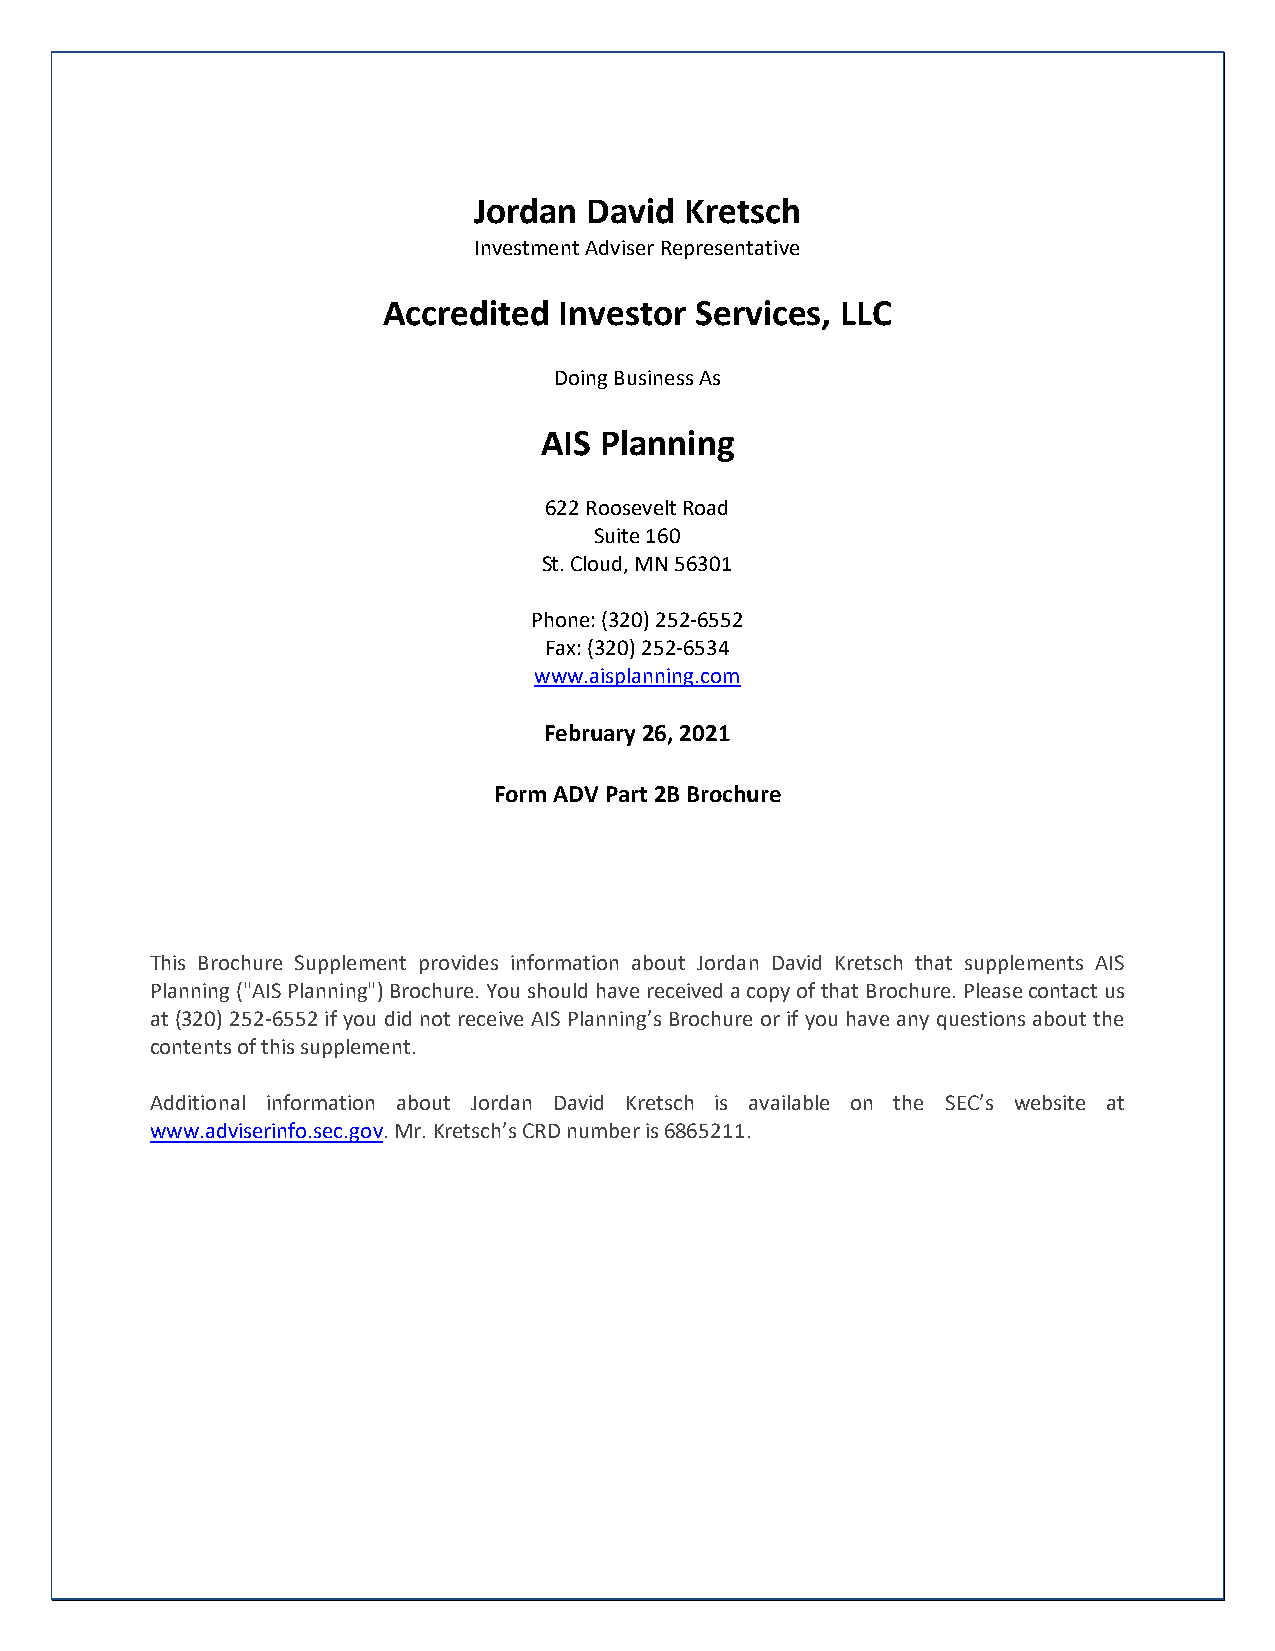
Jordan  David Kretsch
 Investment Adviser Representative
 Accredited  Investor Services, LLC
 Doing Business As
 AIS Planning
 622 Roosevelt Road
 Suite 160
 St. Cloud, MN 56301
 Phone: (320) 252-6552
 Fax: (320) 252-6534
 www.aisplanning.com
 February 26, 2021
 Form ADV Part 2B Brochure
 This Brochure Supplement provides information about Jordan David Kretsch that supplements AIS
 Planning ("AIS Planning") Brochure. You should have received a copy of that Brochure. Please contact us
 at (320) 252-6552 if you did not receive AIS Planning’s Brochure or if you have any questions about the
 contents of this supplement.
 Additional information about Jordan David Kretsch is available on the SEC’s website at
 www.adviserinfo.sec.gov. Mr. Kretsch’s CRD number is 6865211.